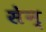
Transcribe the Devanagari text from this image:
सेन्‌